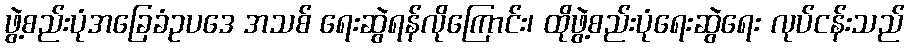
ဖွဲ့စည်းပုံအခြေခံဥပဒေ အသစ် ရေးဆွဲရန်လိုကြောင်း၊ ထိုဖွဲ့စည်းပုံရေးဆွဲရေး လုပ်ငန်းသည်